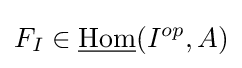
F_{I}\in {\underline {\text{Hom}}}(I^{op},A)